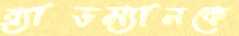
ব্র্যাডম্যানকে